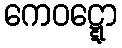
ကေဝဋ္ဋော